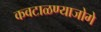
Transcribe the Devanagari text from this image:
कवटाळण्याजोगे